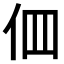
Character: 𠇻